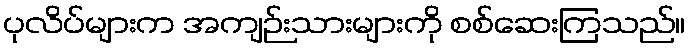
ပုလိပ်များက အကျဉ်းသားများကို စစ်ဆေးကြသည်။